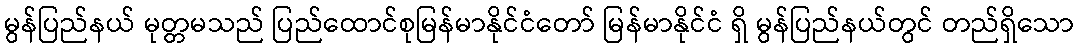
မွန်ပြည်နယ် မုတ္တမသည် ပြည်ထောင်စုမြန်မာနိုင်ငံတော် မြန်မာနိုင်ငံ ရှိ မွန်ပြည်နယ်တွင် တည်ရှိသော